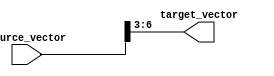
module part_select_assign(
    input [7:0] source_vector,
    output reg [3:0] target_vector
);

always @(*) begin
    target_vector = source_vector[6:3];
end

endmodule